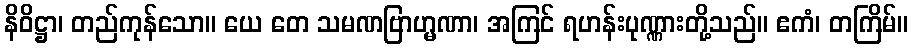
နိဝိဋ္ဌာ၊ တည်ကုန်သော။ ယေ တေ သမဏဗြာဟ္မဏာ၊ အကြင် ရဟန်းပုဏ္ဏားတို့သည်။ ဧကံ၊ တကြိမ်။